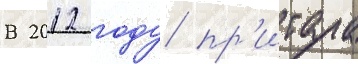
В 2012 году пр'итула